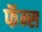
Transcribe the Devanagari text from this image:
फॅन्स